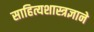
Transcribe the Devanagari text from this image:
साहित्यशास्त्रज्ञाने